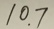
1 0 . 7